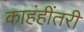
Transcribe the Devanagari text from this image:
काहंहींतरी